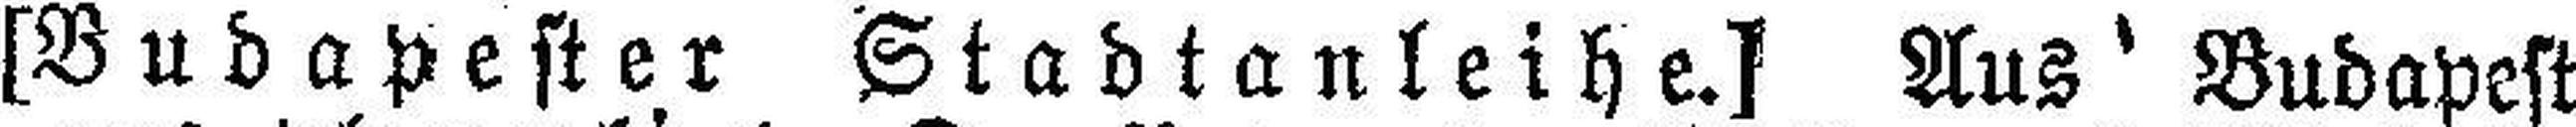
[Budapester Stadtanleihe.] Aus Budapest